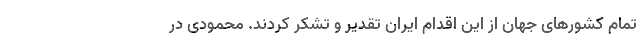
تمام کشورهای جهان از این اقدام ایران تقدیر و تشکر کردند. محمودی در